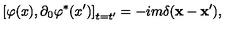
\left[ \varphi ( x ) , \partial _ { 0 } \varphi ^ { * } ( x ^ { \prime } ) \right] _ { t = t ^ { \prime } } = - i m \delta ( \mathbf { x } - \mathbf { x } ^ { \prime } ) ,